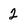
Character: 2